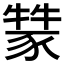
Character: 𤛚